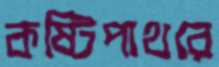
কষ্টিপাথরে